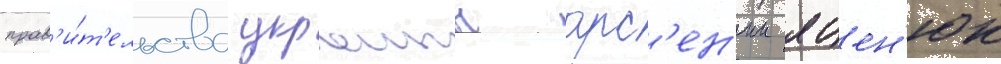
прав'и́т'ельства украины арс'ен'ии яцен'юк